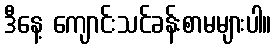
ဒီနေ့ ကျောင်းသင်ခန်းစာမများပါ။